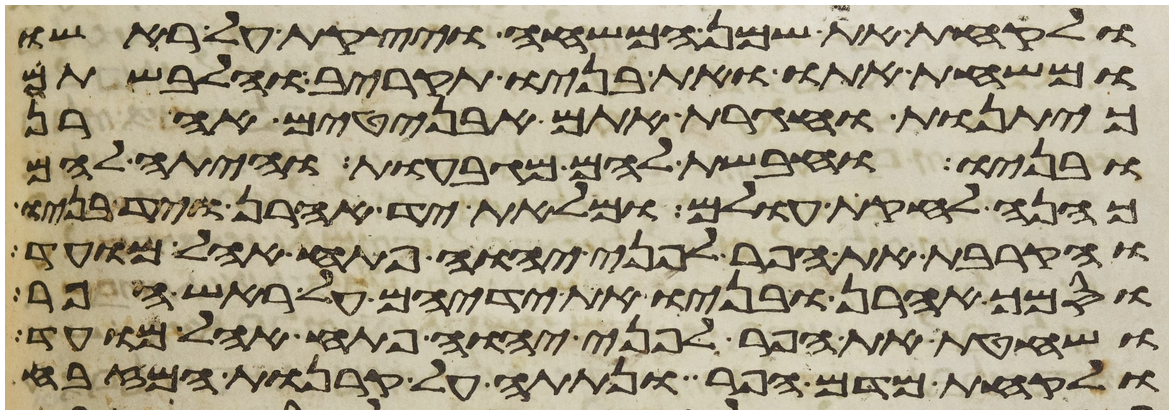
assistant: ולקחת את שמן המשחה ויצקת על ראשו
ומשחת אתו ואת בניו תקריב והלבשתם
כיתנות וחגרת אתם אבניטים אהרן
ובניו וחבשת להם מגבעות והיתה להם
כהנה לחקת עולם ומלאת יד אהרן ויד בניו
והקרבת את הפר לפני יהוה פתח אהל מועד
וסמך אהרן ובניו את ידיהם על ראש הפר
ושחטת את הפר לפני יהוה פתח אהל מועד
ולקחת מדם הפר ונתתה על קרנות המזבח